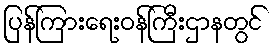
ပြန်ကြားရေးဝန်ကြီးဌာနတွင်